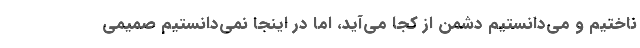
ناختیم و می‌دانستیم دشمن از کجا می‌آید، اما در اینجا نمی‌دانستیم صمیمی